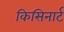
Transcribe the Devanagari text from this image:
किसिनार्ट